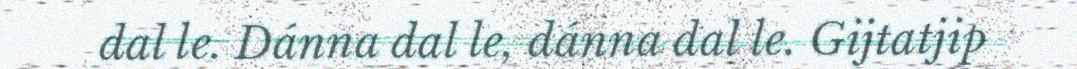
dal le. Dánna dal le, dánna dal le. Gijtatjip